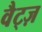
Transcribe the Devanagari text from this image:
वैट्ज़